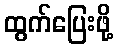
ထွက်ပြေးဖို့